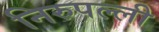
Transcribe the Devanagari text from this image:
निरुपल्ली